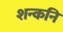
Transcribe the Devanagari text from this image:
शन्कनि